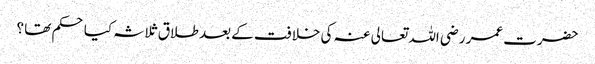
حضرت عمر رضی اللہ تعالی عنہ کی خلافت کے بعد طلاق ثلاثہ کیا حکم تھا ؟